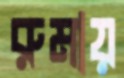
রুমায়